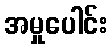
အမှုပေါင်း